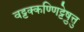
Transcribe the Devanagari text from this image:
वट्टक्कण्णिट्टेषु़त्तु